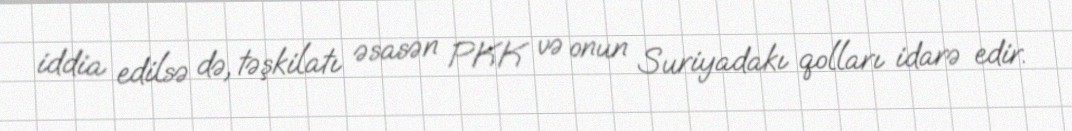
iddia edilsə də, təşkilatı əsasən PKK və onun Suriyadakı qolları idarə edir.